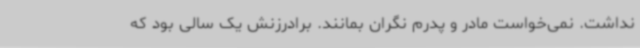
نداشت. نمی‌خواست مادر و پدرم نگران بمانند. برادرزنش یک سالی بود که